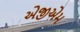
એજીએમ